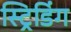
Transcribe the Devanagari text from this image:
स्ट्रिडिंग